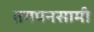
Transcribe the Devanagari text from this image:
तगपनसामी